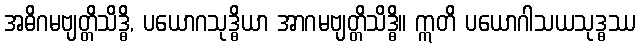
အဓိဂမဗျတ္တိသိဒ္ဓိ, ပယောဂသုဒ္ဓိယာ အာဂမဗျတ္တိသိဒ္ဓိ။ ဣတိ ပယောဂါသယသုဒ္ဓဿ